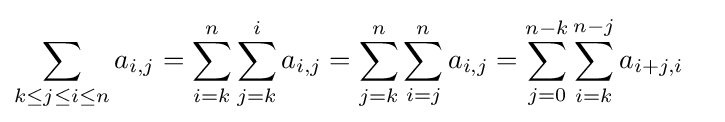
\sum _{k\leq j\leq i\leq n}a_{i,j}=\sum _{i=k}^{n}\sum _{j=k}^{i}a_{i,j}=\sum _{j=k}^{n}\sum _{i=j}^{n}a_{i,j}=\sum _{j=0}^{n-k}\sum _{i=k}^{n-j}a_{i+j,i}\quad